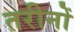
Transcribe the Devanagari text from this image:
तरीनों